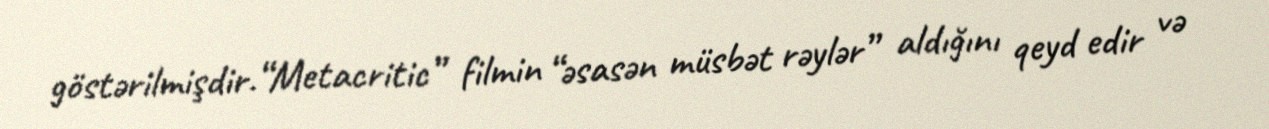
göstərilmişdir.“Metacritic” filmin “əsasən müsbət rəylər” aldığını qeyd edir və